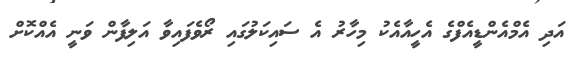
އަދި އެމްއެންޑީއެފްގެ އެހީއާއެކު މިހާރު އެ ސައިކަލުގައި ރޯވެފައިވާ އަލިފާން ވަނީ އެއްކޮށް